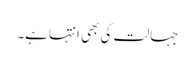
جہالت کی بھی انتہا ہے۔